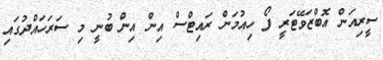
ސީރިއަން އޮބްޒަވޭޓަރީ ފޯ ހިއުމަން ރައިޓްސް އިން އިން ބުނީ މި ސަރަހައްދުގައި